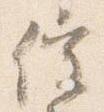
催